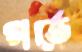
গর্ভে